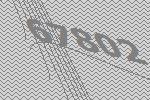
67802